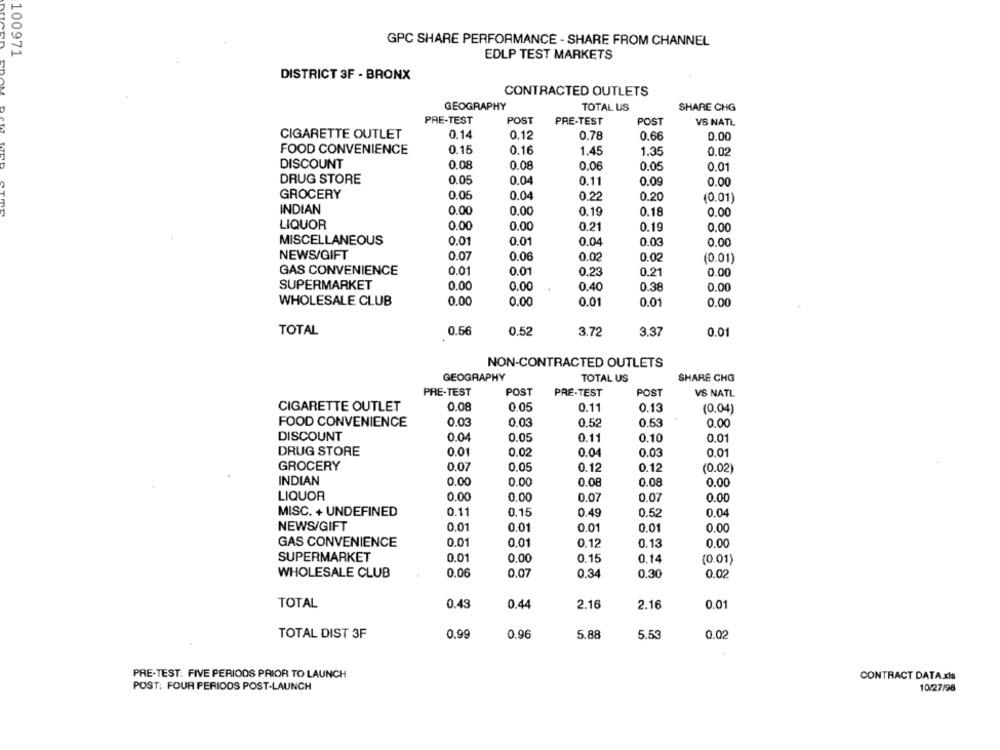
GPC SHARE PERFORMANCE - SHARE FROM CHANNEL
100971
EDLP TEST MARKETS
DISTRICT 3F - BRONX
CONTRACTED OUTLETS
GEOGRAPHY
TOTAL US
SHARE CHG
PRE-TEST
POST
PRE-TEST
POST
VS NATL
CIGARETTE OUTLET
0.14
0.12
0.78
0.66
0.00
FOOD CONVENIENCE
0.15
0.16
1.45
1.35
0.02
DISCOUNT
0.08
0.08
0.06
0.05
0.01
DRUG STORE
0.05
0.04
0.11
0.00
0.09
GROCERY
0.05
0.04
0.20
0.22
(0.01)
INDIAN
0.00
0,00
0.19
0.18
0.00
LIQUOR
0.00
0.00
0.21
0.19
0.00
MISCELLANEOUS
0.01
0.01
0.04
0.03
0.00
NEWS/GIFT
0.07
0.06
0.02
0.02
(0.01)
GAS CONVENIENCE
0.01
0.01
0.23
0.21
0.00
SUPERMARKET
0.00
0.00
0.40
0.38
0.00
WHOLESALE CLUB
0.00
0.00
0.01
0.01
0.00
TOTAL
0.56
0.52
3.72
3.37
0.0
NON-CONTRACTED OUTLETS
GEOGRAPHY
TOTAL US
SHARE CHG
PRE-TEST
POST
PRE-TEST
POST
VS NATL
CIGARETTE OUTLET
0.08
0.05
0.11
0.13
(0.04)
FOOD CONVENIENCE
0.03
0.03
0.52
0.53
0.00
DISCOUNT
0.04
0.05
0.11
0.10
0.01
DRUG STORE
0.01
0.02
0.04
0.03
0.01
GROCERY
0.07
0.05
0.12
0.12
(0.02)
INDIAN
0.00
0.00
0.08
0.08
0.00
LIQUOR
0.00
0.00
0.07
0.07
0.00
MISC. + UNDEFINED
0.11
0.15
0.49
0.52
0.04
NEWS/GIFT
0.01
0.01
0.01
0.01
0.00
GAS CONVENIENCE
0.01
0.01
0.12
0.13
0.00
SUPERMARKET
0.01
0.00
0.15
0.14
(0.01)
WHOLESALE CLUB
0.06
0.07
0.34
0.30
0.02
TOTAL
0.43
0.4
2.16
2.16
0.01
TOTAL DIST 3F
0.99
0.96
5.88
5.53
0.02
PRE-TEST: FIVE PERIODS PRIOR TO LAUNCH
CONTRACT DATA.xls
POST: FOUR PERIODS POST-LAUNCH
10/27/98